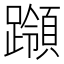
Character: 𰸵